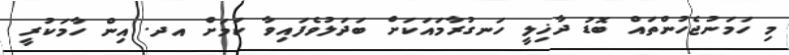
މި ހަމަނުޖެހުންތައް ބޮޑު ދާޚިލީ ހަނގުރާމައަކަށް ބަދަލުވެފައިވާ ކަމަށް އދ. އިން ހާމަކުރީ